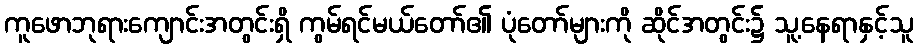
ကူဖောဘုရားကျောင်းအတွင်းရှိ ကွမ်ရင်မယ်တော်၏ ပုံတော်များကို ဆိုင်အတွင်း၌ သူ့နေရာနှင့်သူ